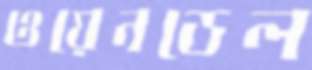
ওয়েনডেল